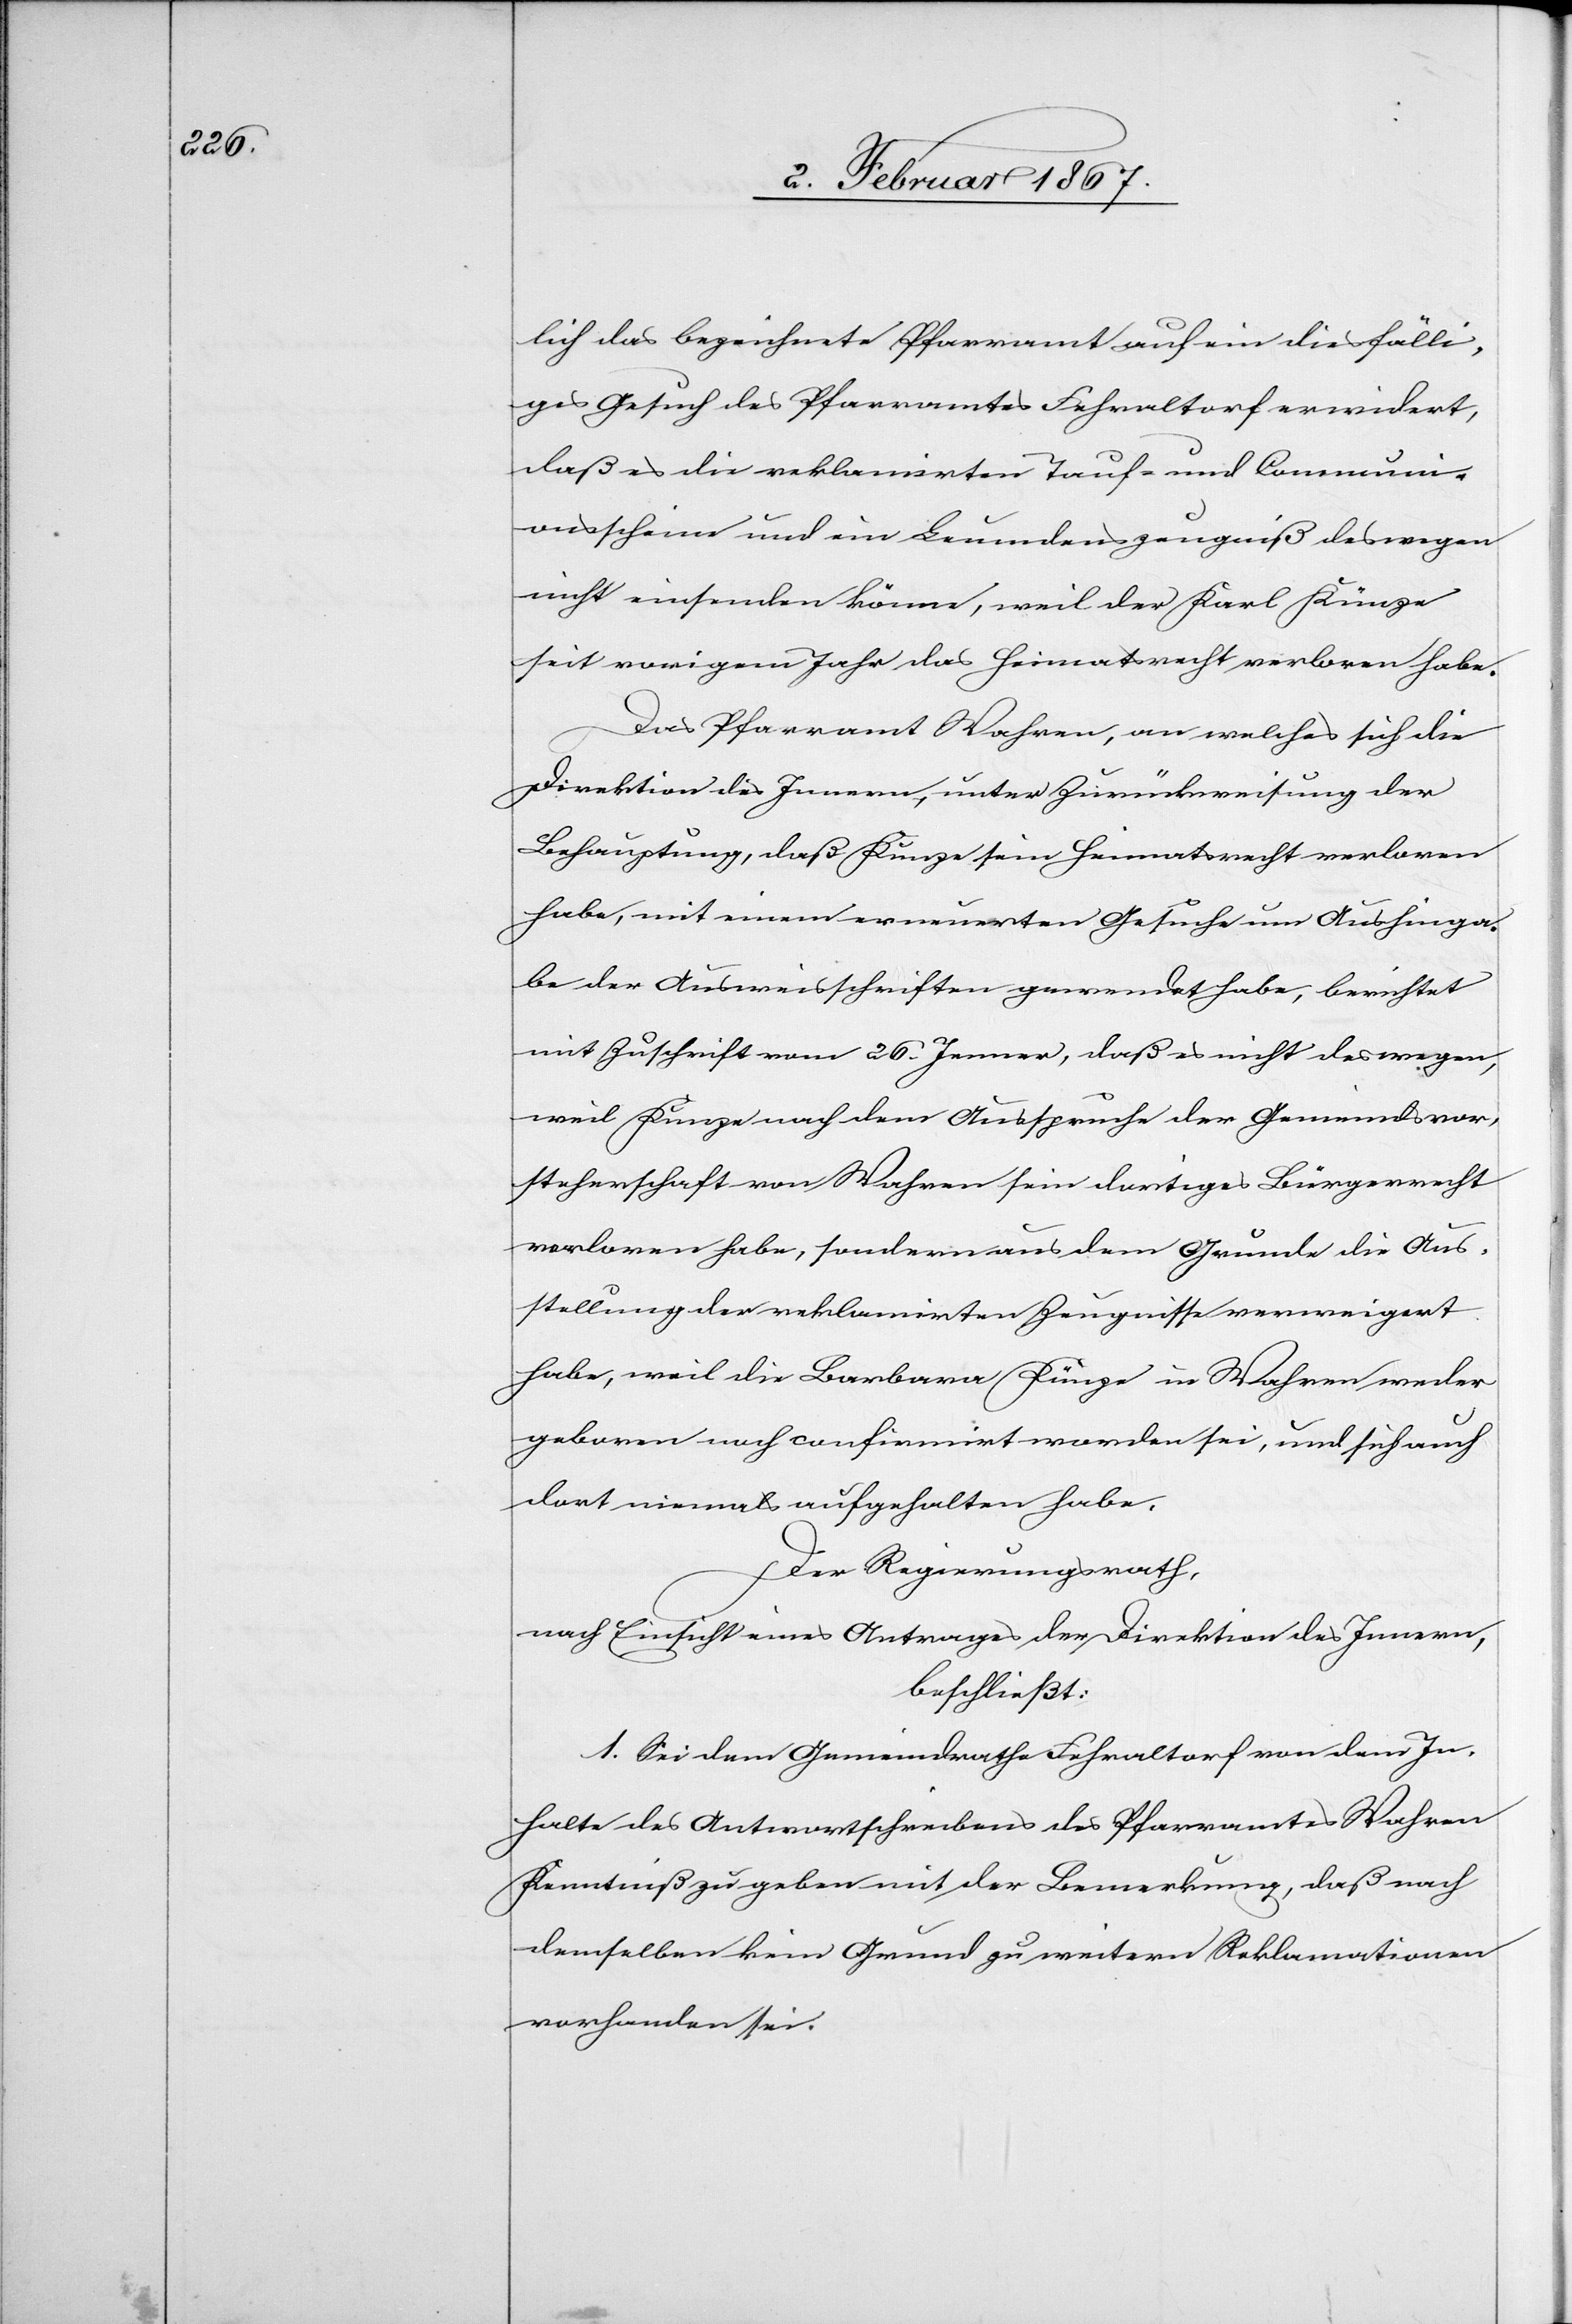
lich das bezeichnete Pfarramt auf ein diesfälli¬
ges Gesuch des Pfarramtes Fehraltorf erwidert,
daß es die reklamirten Tauf- und Communi¬
onsscheine und ein Leumdenszeugniß deswegen
nicht einsenden könne, weil der Karl Künze
seit vorigem Jahr das Heimatrecht verloren habe.
Das Pfarramt Wohren, an welches sich die
Direktion des Innern, unter Zurückweisung der
Behauptung, daß Künze sein Heimatsrecht verloren
habe, mit einem erneuerten Gesuche um Aushinga¬
be der Ausweisschriften gewendet habe, berichtet
mit Zuschrift vom 26. Jenner, daß es nicht deswegen
weil Künze nach dem Ausspruche der Gemeindsvor¬
steherschaft von Wohren sein dortiges Bürgerrecht
verloren habe, sondern aus dem Grunde die Aus¬
stellung der reklamirten Zeugnisse verweigert
habe, weil die Barbara Künze in Wohren weder
geboren noch confirmirt worden sei, und sich auch
dort niemals aufgehalten habe.
Der Regierungsrath,
nach Einsicht eines Antrages der Direktion des Innern,
beschließt:
1. Sei dem Gemeindrathe Fehraltorf von dem In¬
halte des Antwortschreibens des Pfarramtes Wohren
Kenntniß zu geben mit der Bemerkung, daß nach
demselben kein Grund zu weitern Reklamationen
vorhanden sei.